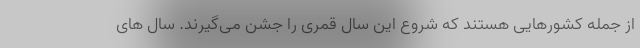
از جمله کشورهایی هستند که شروع این سال قمری را جشن می‌گیرند. سال های